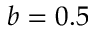
b = 0 . 5